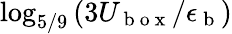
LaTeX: \log_{5/9}\left(3U_{\mathrm{~b~o~x~}}/\epsilon_{\mathrm{~b~}}\right)